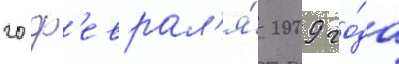
20 ф'еврал'я́ 2009 го́да